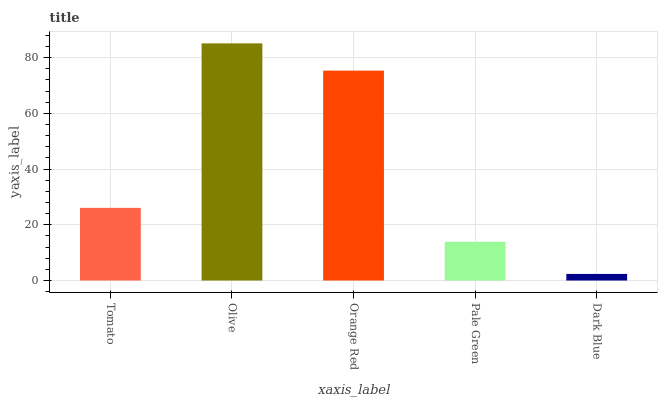
| xaxis_label | bars |
 | --- | --- |
 | Tomato | 26.1 |
 | Olive | 85.1 |
 | Orange Red | 75.3 |
 | Pale Green | 13.9 |
 | Dark Blue | 2.37 |